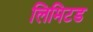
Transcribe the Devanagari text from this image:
लिमिटड